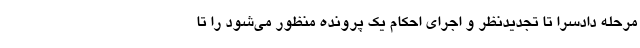
مرحله دادسرا تا تجدیدنظر و اجرای احکام یک پرونده منظور می‌شود را تا